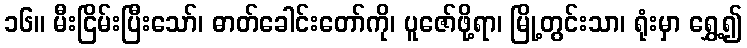
၁၆။ မီးငြိမ်းပြီးသော်၊ ဓာတ်ခေါင်းတော်ကို၊ ပူဇော်ဖို့ရာ၊ မြို့တွင်းသာ၊ ရုံးမှာ ရွှေ့၍